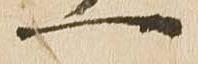
一